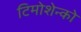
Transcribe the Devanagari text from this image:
टिमोशेन्को